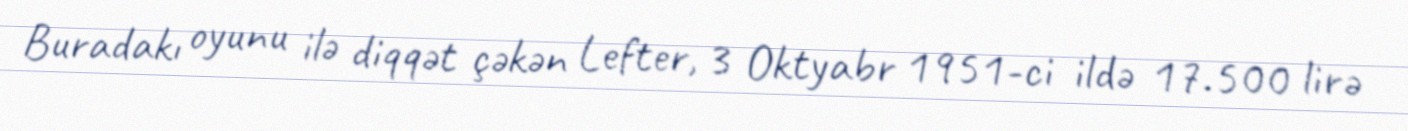
Buradakı oyunu ilə diqqət çəkən Lefter, 3 Oktyabr 1951-ci ildə 17.500 lirə